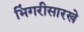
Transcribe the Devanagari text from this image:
भिंगरीसारखे